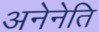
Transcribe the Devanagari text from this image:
अनेनेति